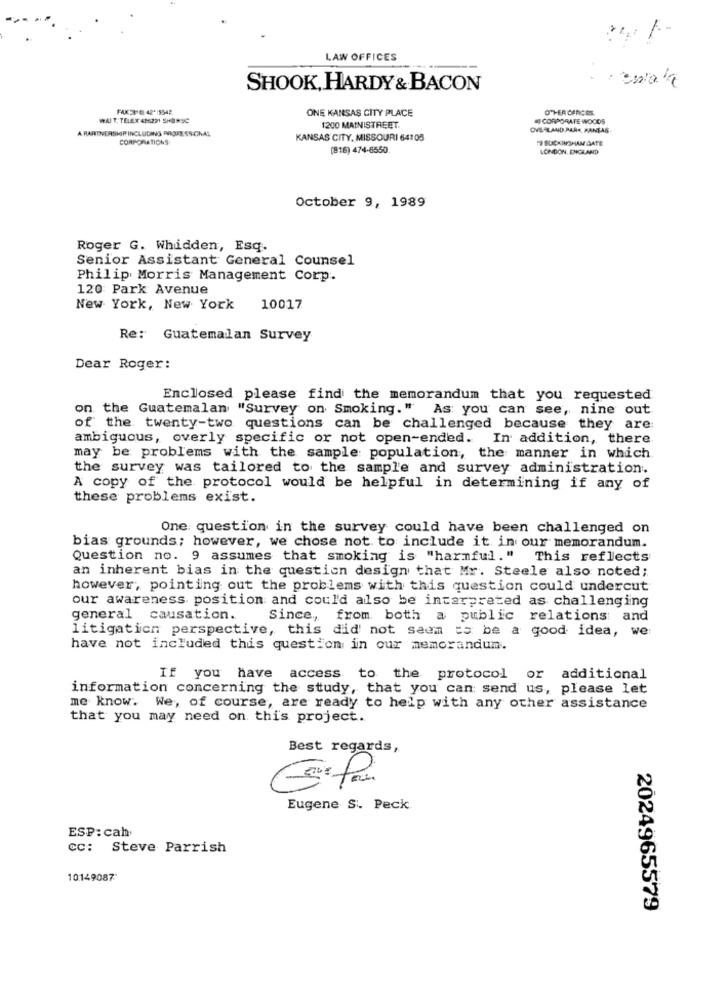
LAW OFFICES
SHOOK, HARDY & BACON
ONE KANSAS CITY PLACE
WAT, TELEX 486221 5HA MOC
MI CORPORATE WOODS
A PARTNERSHIP INCLUDING PROFESSIONAL
1200 MAINISTREET
OVERLAND PARK, FANTAS.
CORPORATIONS
KANSAS CITY, MISSOURI 64105
19 BUCKINGHAM GATE
(816) 474-6550.
LONDON, ENGLAND
October 9, 1989
Roger G. Whidden, Esq.
Senior Assistant General Counsel
Philip Morris Management Corp.
120 Park Avenue
New York, New York
10017
Re: Guatemalan Survey
Dear Roger:
Enclosed please find the memorandum that you requested
on the Guatemalan "Survey on Smoking." As you can see, nine out
of the twenty-two questions can be challenged because they are:
ambiguous, overly specific or not open-ended. In addition, there
may be problems with the sample population, the manner in which.
the survey was tailored to the sample and survey administration.
A copy of the protocol would be helpful in determining if any of
these problems exist.
One question in the survey could have been challenged on
bias grounds; however, we chose not to include it in our memorandum.
Question no. 9 assumes that smoking is "harmful."
This reflects
an inherent bias in the question design that Mr. Steele also noted;
however, pointing out the problems with this question could undercut
our awareness position and could also be interpreted as challenging
general causation.
Since, from both a public relations and
litigation perspective, this did not seem to be a good idea, we
have not included this question in our memorandum.
If you have access to the protocol or additional
information concerning the study, that you can send us, please let
me know. We, of course, are ready to help with any other assistance
that you may need on this project.
Best regards,
Eugene S. Peck
ESP: cah
cc: Steve Parrish
10149087"
2024965579